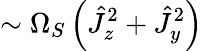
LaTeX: \sim\Omega_{S}\left(\hat{J}_{z}^{2}+\hat{J}_{y}^{2}\right)